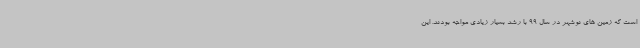
است که زمین های نوشهر در سال 99 با رشد بسیار زیادی مواجه بودند. این